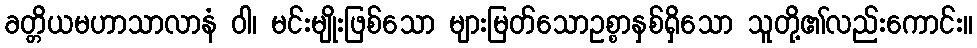
ခတ္တိယမဟာသာလာနံ ဝါ၊ မင်းမျိုးဖြစ်သော များမြတ်သောဥစ္စာနှစ်ရှိသော သူတို့၏လည်းကောင်း။